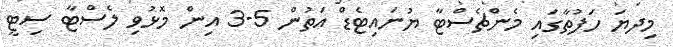
މިިދޔަ ހަފުތާގައި މެންޗެސްޓާ ޔުނައިޓެޑް އަތުން 5-3 އިން މޮޅުވި ލެސްޓާ ސިޓީ